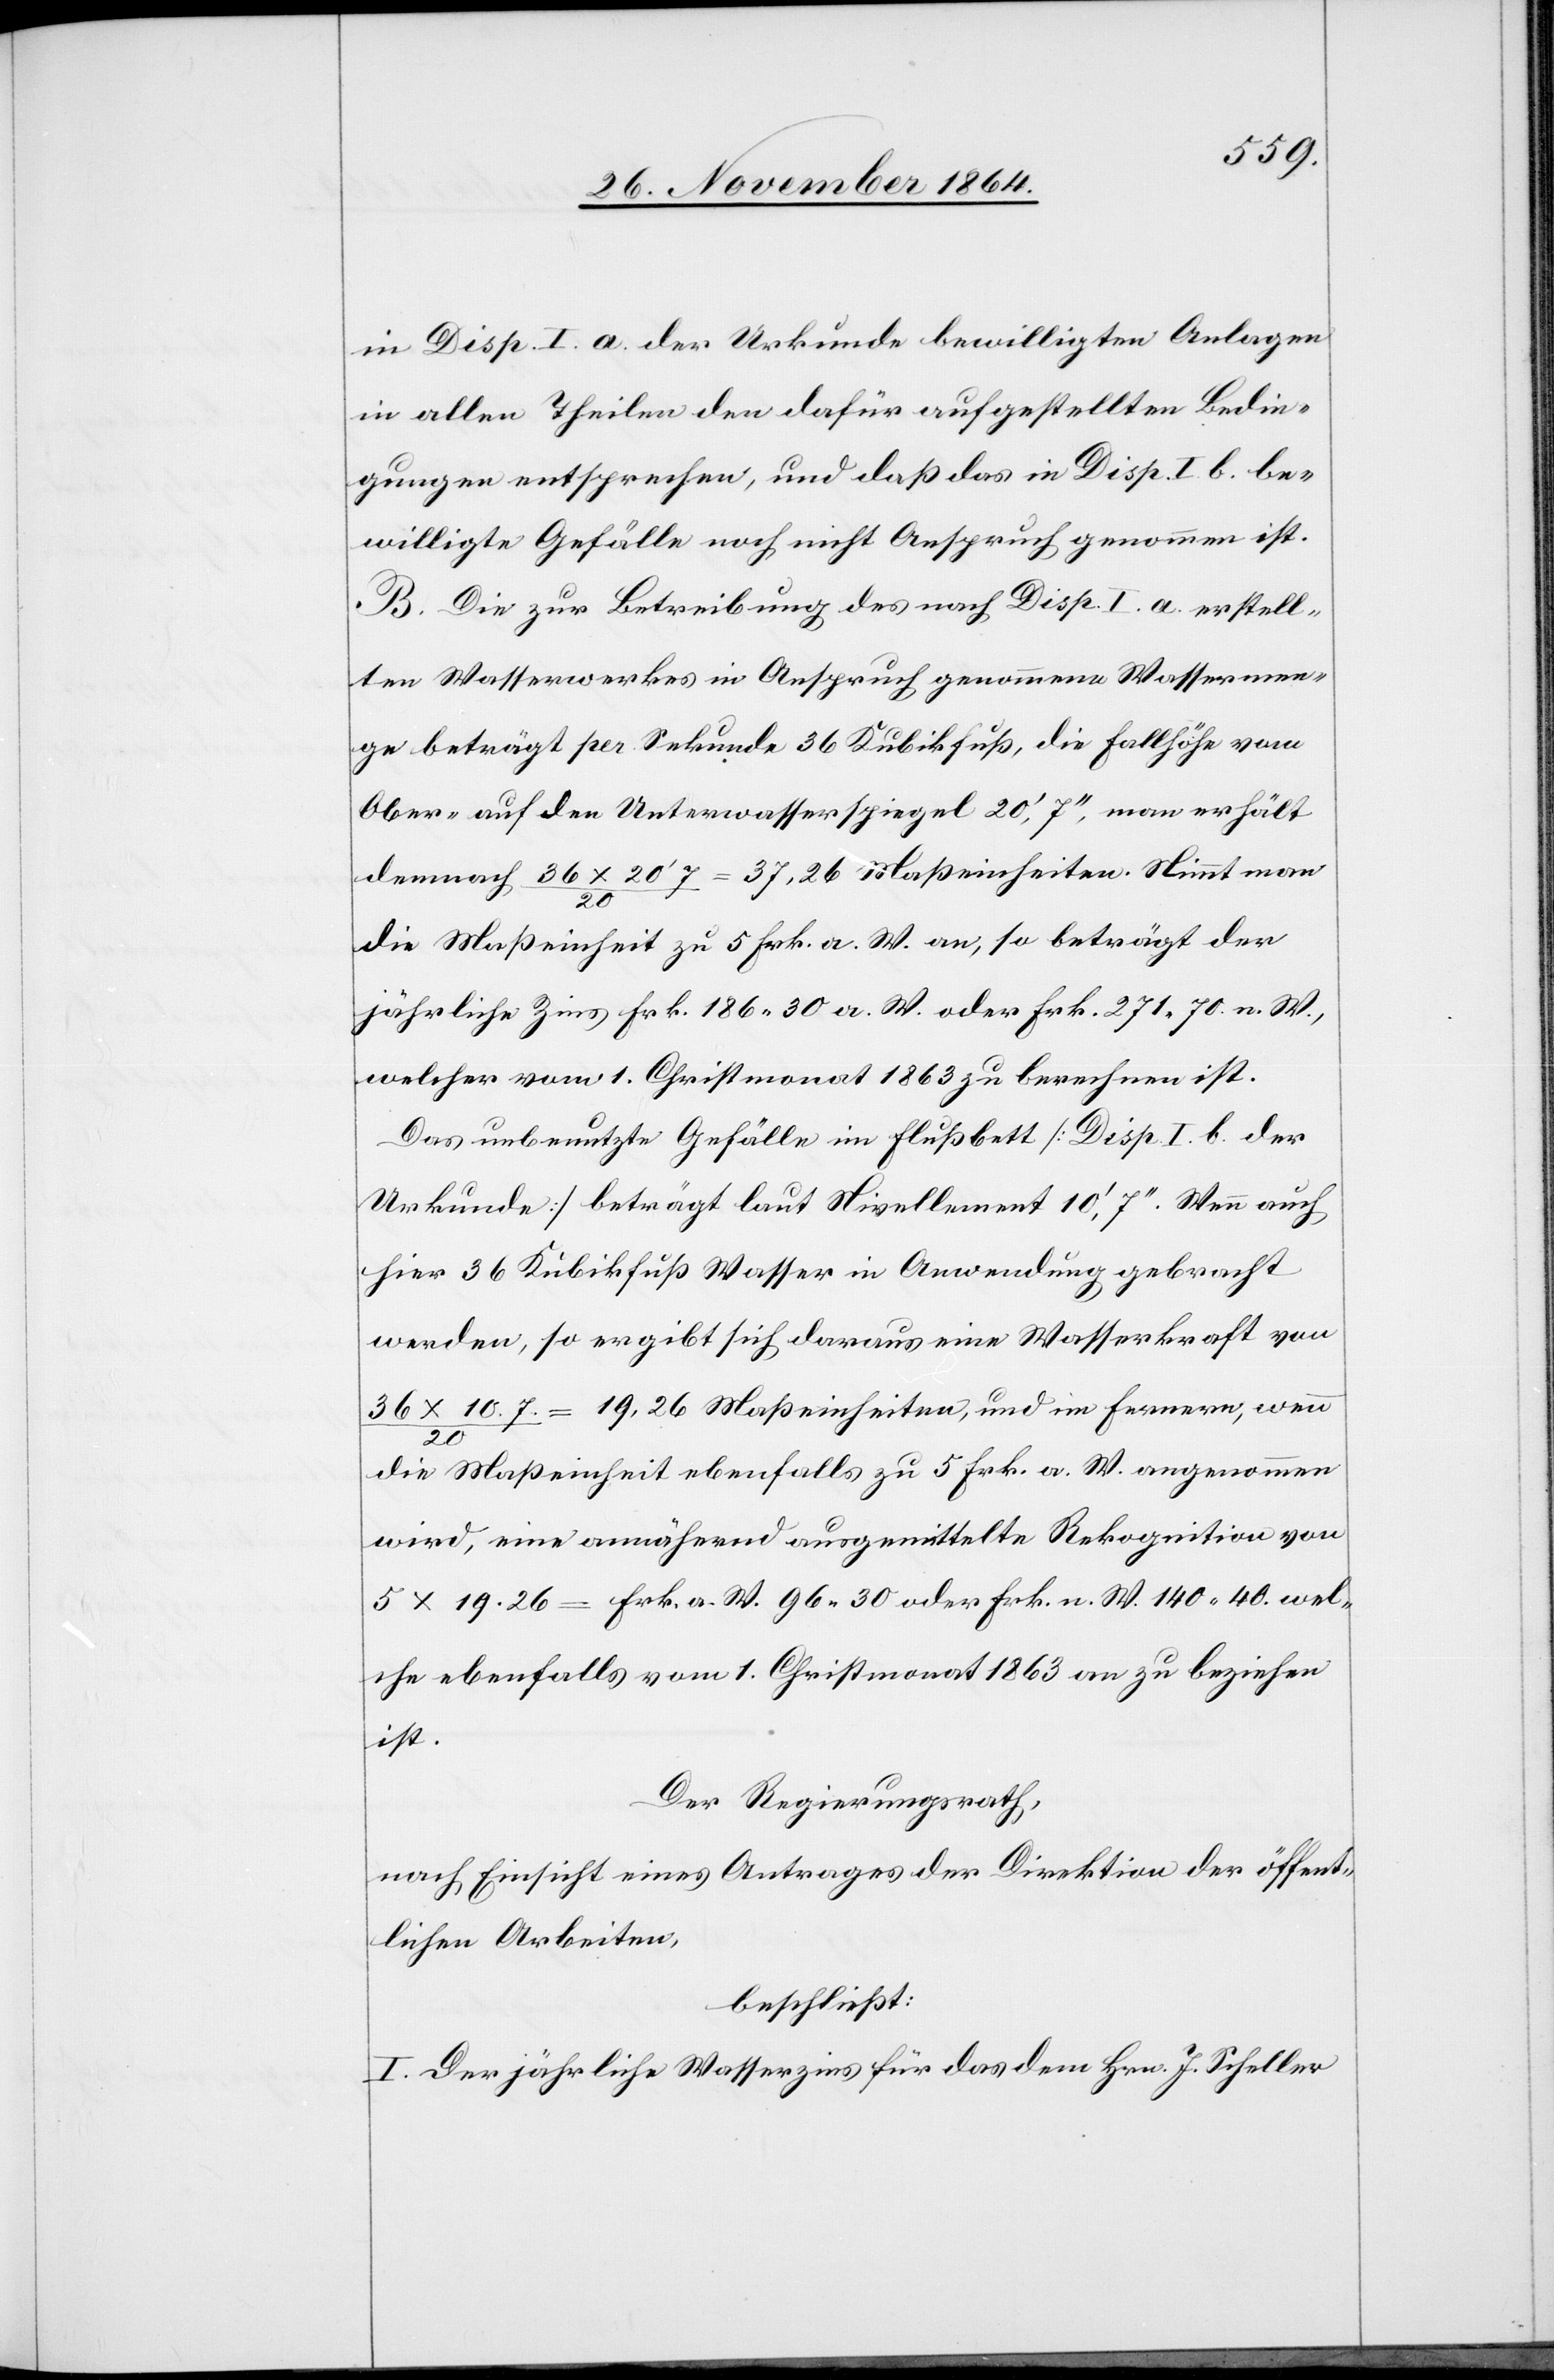
in Disp. I. a. der Urkunde bewilligten Anlagen
in allen Theilen den dafür aufgestellten Bedin¬
gungen entsprechen, und daß das in Disp. I b. be¬
willigte Gefälle noch nicht in Anspruch genommen ist.
B. die zur Betreibung des nach Disp. I. a. erstell¬
ten Wasserwerkes in Anspruch genommene Wassermen¬
ge beträgt per Sekunde 36 Kubikfuß, die Fallhöhe vom
Ober- auf den Unterwasserspiegel 20’, 7’’, man erhält
demnach 36 x 20’ 7 / 20 = 37,26 Maßeinheiten. Nimmt man
die Maßeinheit zu 5 Frk. a. W. an, so beträgt der
jährliche Zins Frk. 186.30 a. W. oder Frk. 271.70 n. W.,
welcher vom 1. Christmonat 1863 zu berechnen ist.
Das unbenutzte Gefälle im Flußbett [Disp. I. b. der
Urkunde] beträgt laut Nivellement 10’, 7’’. Wenn auch
hier 36 Kubikfuß Wasser in Anwendung gebracht
werden, so ergibt sich daraus eine Wasserkraft von
36 x 10.7. / 20 = 19,26 Maßeinheiten, und im Fernern, wenn
die Maßeinheit ebenfalls zu 5 Frk. a. W. angenommen
wird, eine annähernd ausgemittelte Rekognition von
5 x 19.26 = Frk. a. W. 96.30 oder Frk. n. W. 140.40. wel¬
che ebenfalls vom 1. Christmonat 1863 zu beziehen
ist.
Der Regierungsrath,
nach Einsicht eines Antrages der Direktion der öffent¬
lichen Arbeiten,
beschließt:
I. Der jährliche Wasserzins für das dem Hrn. J. Scheller